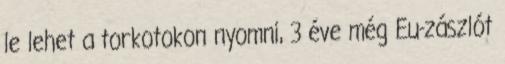
le lehet a torkotokon nyomni, 3 éve még Eu-zászlót